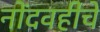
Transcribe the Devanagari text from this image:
नोंदवहीचे